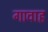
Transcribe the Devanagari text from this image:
गावाह